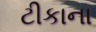
ટીકાના